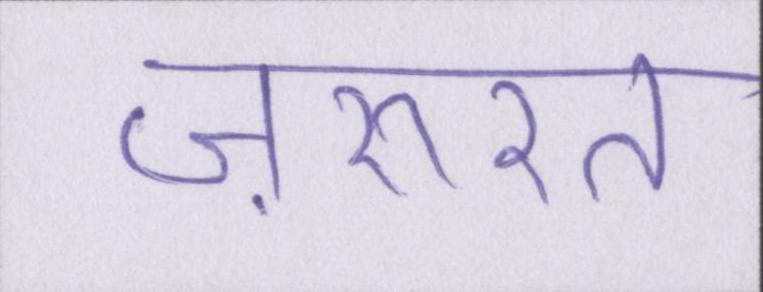
ज़रुरत